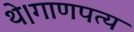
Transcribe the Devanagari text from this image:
थे।गाणपत्य